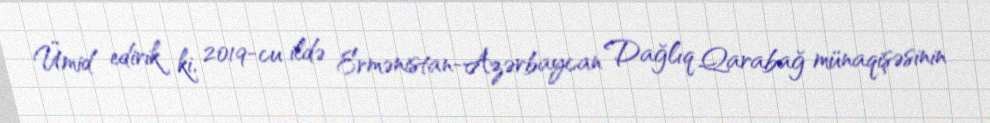
Ümid edirik ki, 2019-cu ildə Ermənistan-Azərbaycan Dağlıq Qarabağ münaqişəsinin